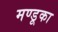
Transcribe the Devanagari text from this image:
मण्डूका